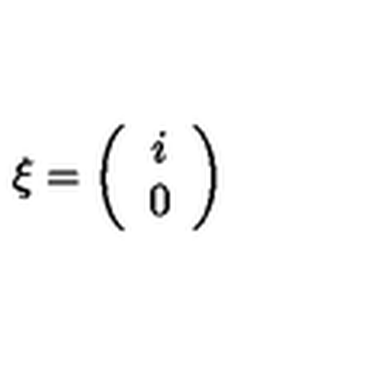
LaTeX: \xi = \left( \begin{array} { c } { i } \\ { 0 } \\ \end{array} \right)